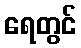
ရေတွင်